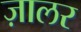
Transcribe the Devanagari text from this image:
ज़ालर